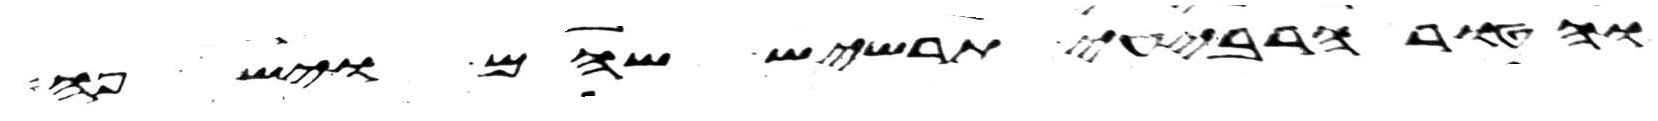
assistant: והטור הרביעי תרשיש שהם וישפה